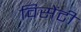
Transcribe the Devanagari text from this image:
विसेंटी